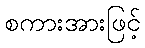
စကားအားဖြင့်